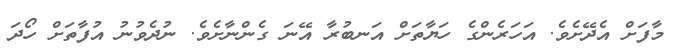
މާފަށް އެދޭށެވެ. އަހަރެންގެ ހަޔާތަށް އަނބުރާ އޭނަ ގެންނާށެވެ. ނުދެވުނު އުފާތަށް ހޯދަ